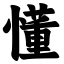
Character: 懂